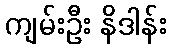
ကျမ်းဦး နိဒါန်း